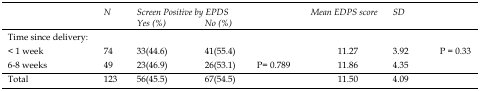
|  | N | <COLSPAN=2> Screen Positive by EPDS |  | Mean EDPS score | SD |
 |  |  | Yes (%) | No (%) |  |  |  |  |
 | --- | --- | --- | --- | --- | --- | --- |
 | Time since delivery: |  |  |  |  |  |  |  |
 | < 1 week | 74 | 33(44.6) | 41(55.4) |  | 11.27 | 3.92 | <ROWSPAN=3> P = 0.33 |
 | 6-8 weeks | 49 | 23(46.9) | 26(53.1) | P= 0.789 | 11.86 | 4.35 |  |
 | Total | 123 | 56(45.5) | 67(54.5) |  | 11.50 | 4.09 |  |